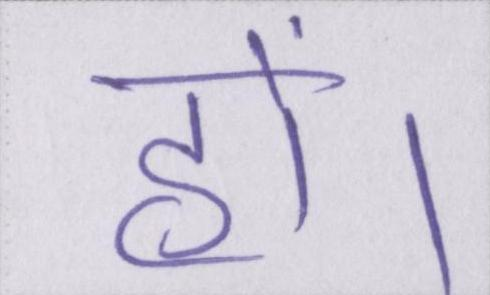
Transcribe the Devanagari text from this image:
हों।